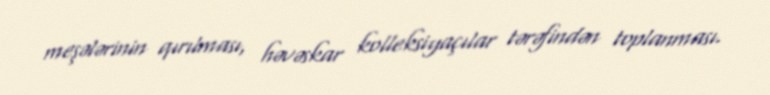
meşələrinin qırılması, həvəskar kolleksiyaçılar tərəfindən toplanması.